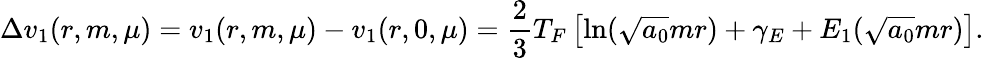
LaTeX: \Delta v_{1}(r,m,\mu)=v_{1}(r,m,\mu)-v_{1}(r,0,\mu)=\frac 23T_{F}\left[\ln(\sqrt{a_{0}}mr)+\gamma_{E}+E_{1}(\sqrt{a_{0}}mr)\right].